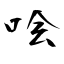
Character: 哙